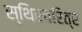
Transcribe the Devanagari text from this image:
स्थिरचरित्र